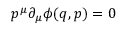
p ^ { \mu } \partial _ { \mu } \phi ( q , p ) = 0